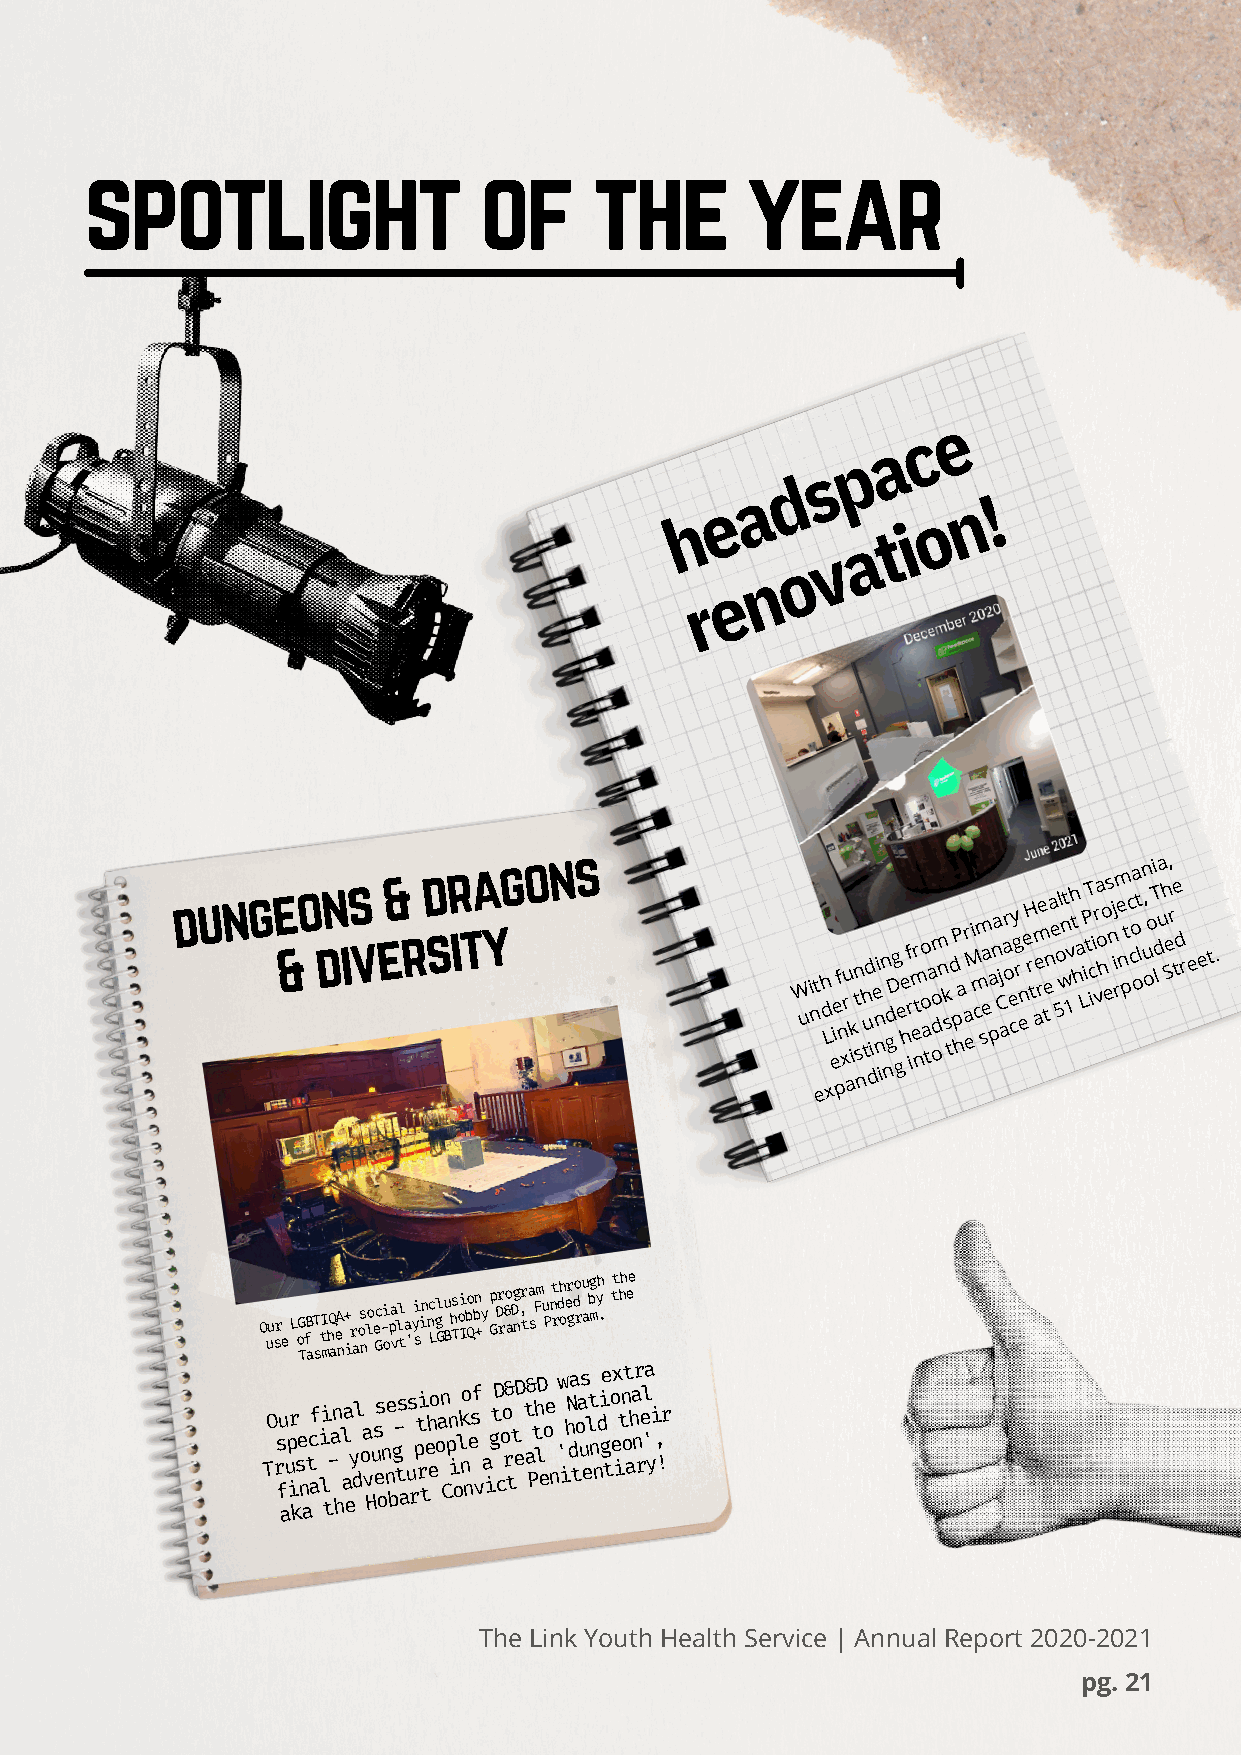
spotlight                 of     the       year
 e
 c
 a
 p
 s
 d
 a               !
 e                n
 h                o
 t i
 a
 v
 o
 n
 e
 r
 dunge &o dn is v e& r d sr ita
 ygons
 W ui nt eh d
 L
 x
 eie pf
 n
 xu r
 a
 ikn t
 s
 n
 h
 u
 td die ni
 n
 in nd gDg ge he f r im er nto o
 a
 ta om o dn k
 s
 td pP ha ar eM i m cm sa e pa na Cj aar o e cy g r en eH r t am e re ten a e 5ol wnt 1vh t h a LiPT t icir va o ho es nj i rm e n ptc coa ot l ,n u o oi T ld ua h Se, re td r e e t.
 O uu sr e L oG TfB
 a
 T stI mhQ aeA
 n
 + ir aos nlo ec G-i opa vll ta 'yi sin nc Lgl G u Bhs Toi Ibo Qbn +y p GDr r&o aDg n,r t a sFm u Pnt rdh oer gdo r u abg myh . tt hh ee
 TO rs fu aup ir kse
 n
 atc af i li t-a n
 h
 l aa ey dl oa
 v
 Hus es on ne bg- ts
 a
 us rpt ri teh eo oa n Cpn i olk no nes f
 v
 a igt D coo r& tt eD t a& Pth lD eoe
 n
 'w ihN da toa us elt n ndi ge t o ex itn ot aha nr rel 'a yi , !r
 The Link Youth Health Service | Annual Report 2020-2021
 pg. 21